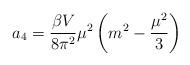
LaTeX: \begin{align*}a_4=\frac{\beta V}{8\pi^2}\mu^2\left(m^2-\frac{\mu^2}{3}\right)\end{align*}